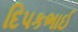
દિપકભાઈ